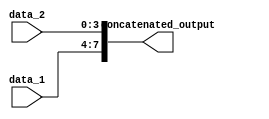
module concat_example(
    input [3:0] data_1,
    input [3:0] data_2,
    output [7:0] concatenated_output
);

assign concatenated_output = {data_1, data_2};

endmodule